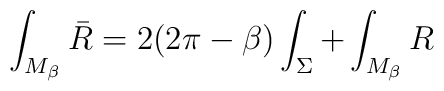
\int_{M_{\beta}}\bar{R}=2(2\pi-\beta)\int_{\Sigma}+\int_{M_{\beta}} R